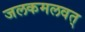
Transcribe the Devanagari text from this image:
जलकमलवत्